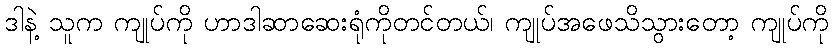
ဒါနဲ့ သူက ကျုပ်ကို ဟာဒါဆာဆေးရုံကိုတင်တယ်၊ ကျုပ်အဖေသိသွားတော့ ကျုပ်ကို